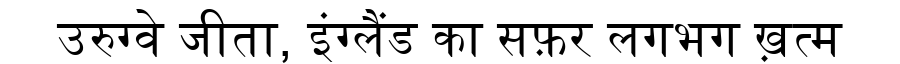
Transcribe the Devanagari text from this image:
उरुग्वे जीता, इंग्लैंड का सफ़र लगभग ख़त्म